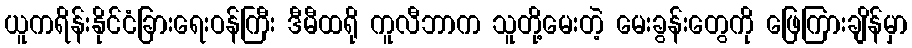
ယူကရိန်းနိုင်ငံခြားရေးဝန်ကြီး ဒီမီထရို ကူလီဘာက သူတို့မေးတဲ့ မေးခွန်းတွေကို ဖြေကြားချိန်မှာ